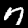
Label: 7